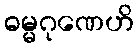
ဓမ္မဂုဏေဟိ